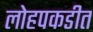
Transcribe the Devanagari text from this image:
लोहपकडीत